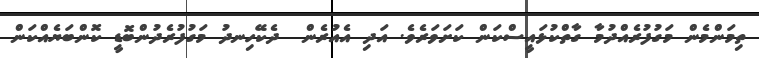
ތިމަންމެން މަގުފުރެއްދުމާ ގާތްކުޅައީސްކަން ކަށަވަރެވެ. އަދި އެއުރެން  ދެކޭހިނދު މަގުފުރެދުންބޮޑީ ކޮންބަޔެއްކަން